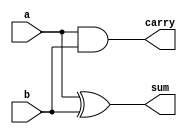
module halfadder(a,b,carry,sum);
input a,b;
output carry,sum;
xor (sum,a,b);
and (carry,a,b);
endmodule